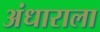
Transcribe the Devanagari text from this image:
अंधाराला